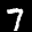
Label: 7